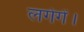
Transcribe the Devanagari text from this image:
लगेगें।